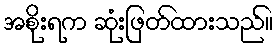
အစိုးရက ဆုံးဖြတ်ထားသည်။